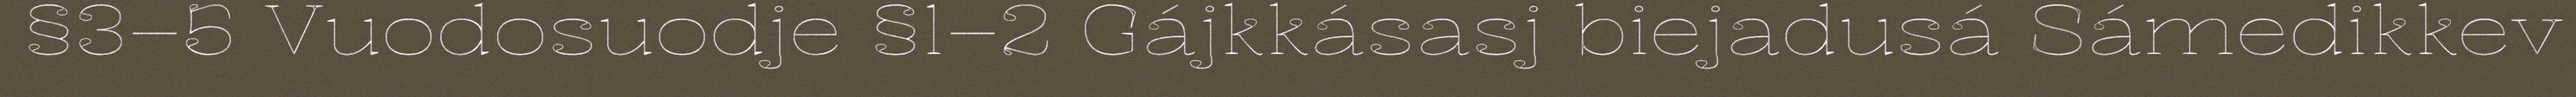
§3–5 Vuodosuodje §1–2 Gájkkásasj biejadusá Sámedikkev